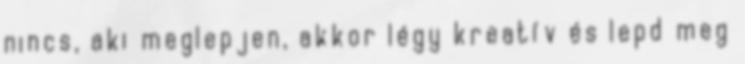
nincs, aki meglepjen, akkor légy kreatív és lepd meg